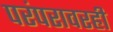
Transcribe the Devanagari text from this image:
परंपरावरही